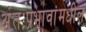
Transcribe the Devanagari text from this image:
अंतःप्रभावांमधील